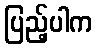
ပြည့်ပါက